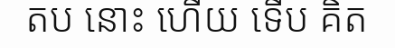
តប នោះ ហើយ ទើប គិត